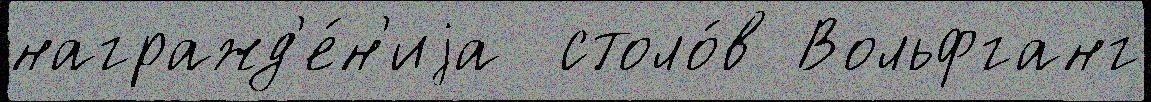
награжд'е́н'иjа  столо́в Вольфганг